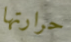
حرارتها